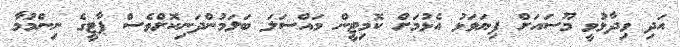
އަދި ވިދާޅުވީ މޫސައަށް ފިޔަވަޅު އެޅުމަށް ކޮމިޓީން މައްސަލަ ބަލަމުންދަނިކޮށްވެސް ޕާޓީގެ ނިންމުމާ